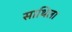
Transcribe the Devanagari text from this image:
साथिला